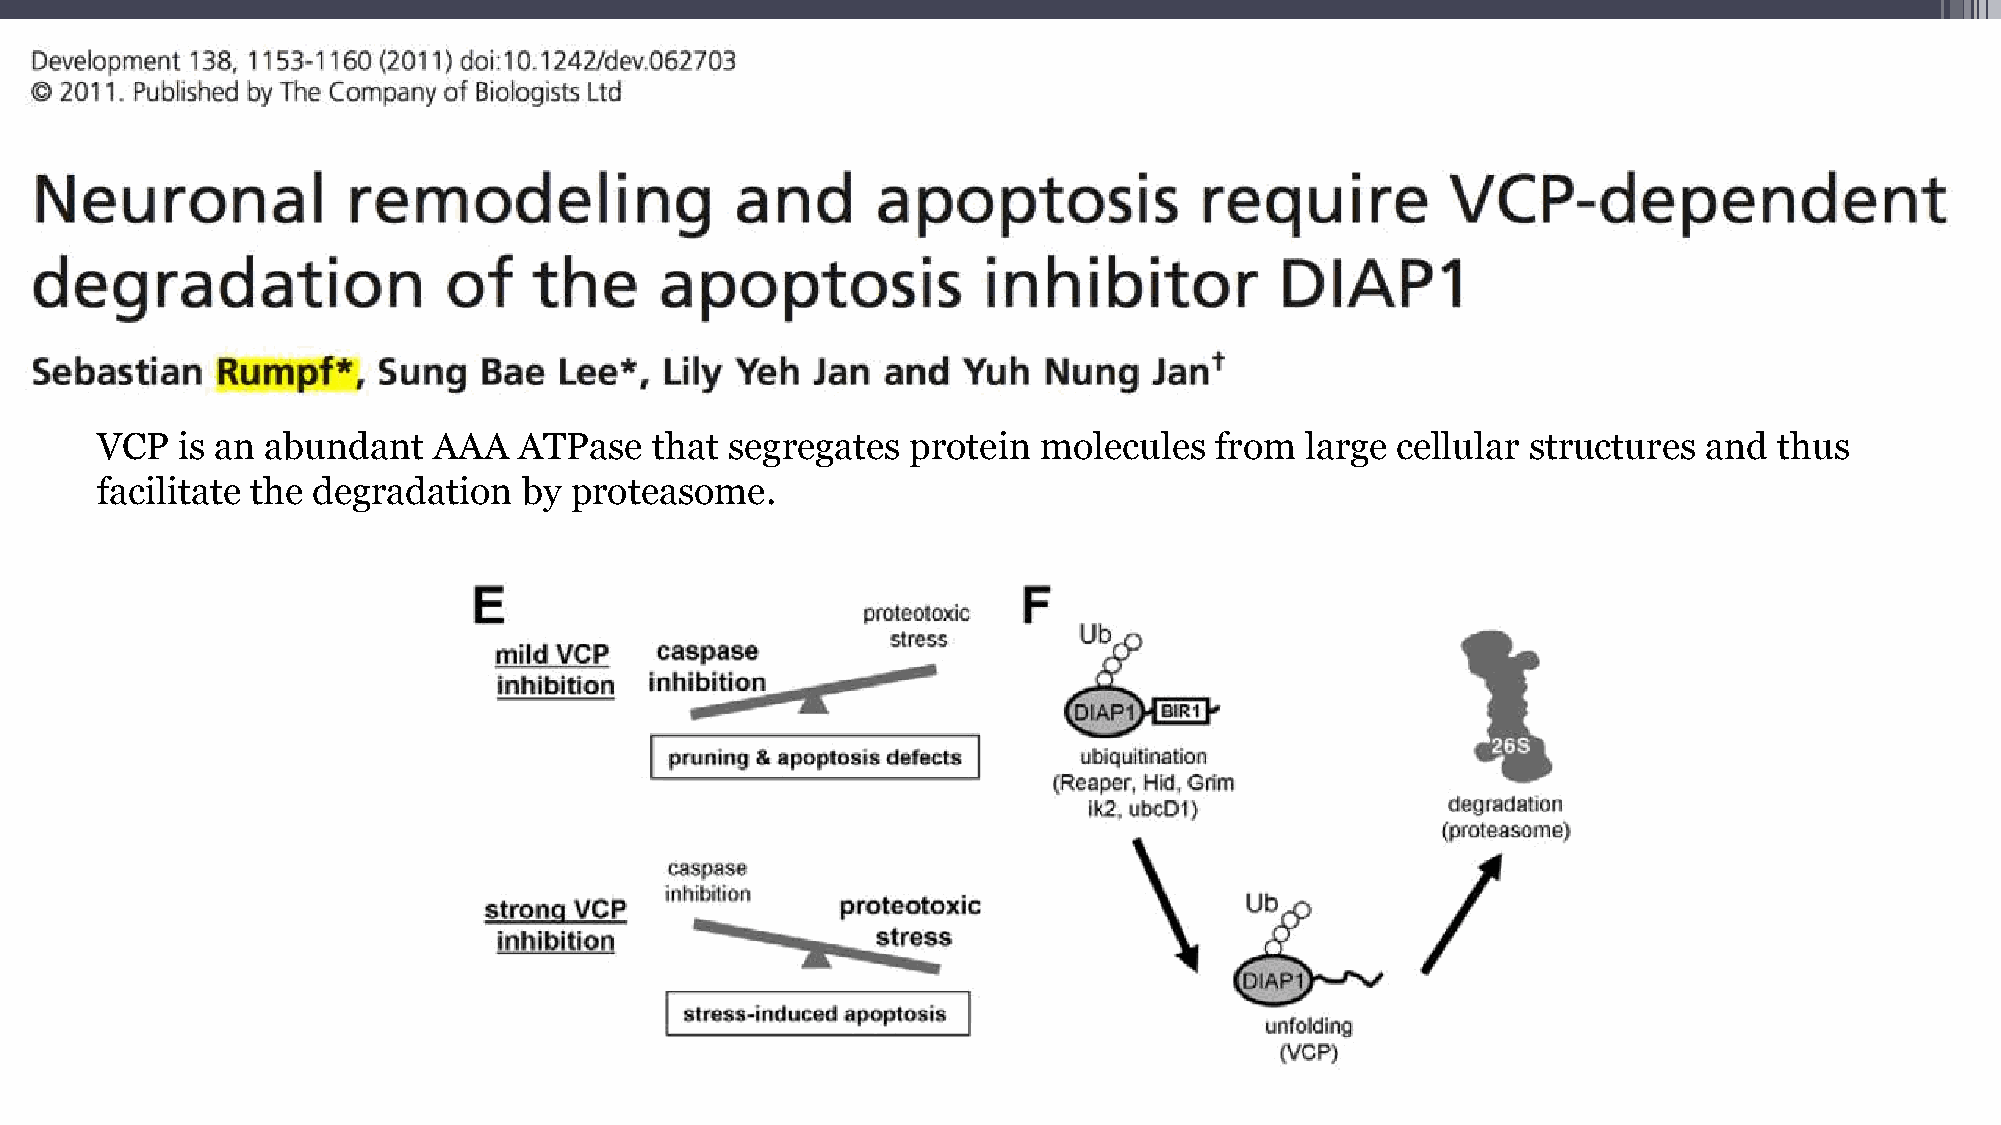
VCP   is an abundant   AAA  ATPase   that segregates  protein  molecules  from  large cellular structures  and  thus
 facilitate the degradation   by proteasome.